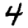
Digit: 4